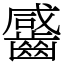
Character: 䶠